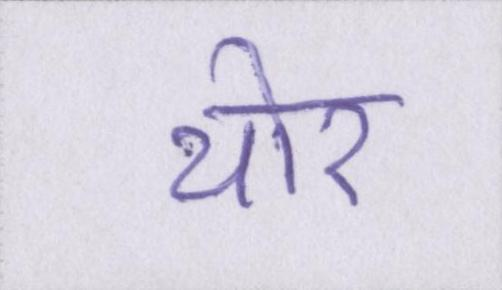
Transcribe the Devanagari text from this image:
थोर